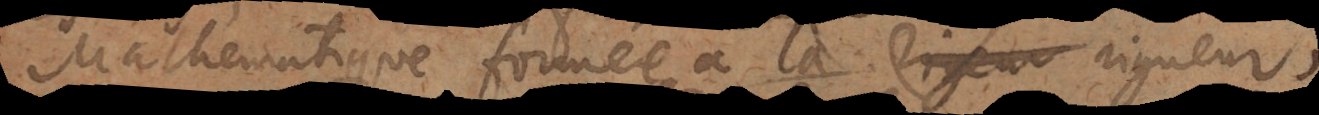
Mathématique formée à la rigueur,